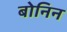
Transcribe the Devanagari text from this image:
बोनिन